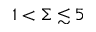
1 < \Sigma \lesssim 5